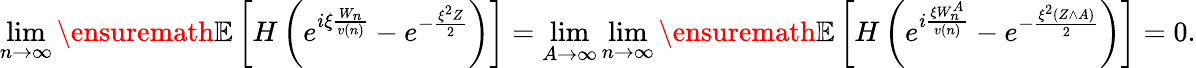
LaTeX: \operatorname*{lim}_{n\to\infty}{\ensuremath{\mathbb E}}\left[H\left(e^{i\xi\frac{W_{n}}{v(n)}}-e^{-\frac{\xi^{2}Z}{2}}\right)\right]=\operatorname*{lim}_{A\to\infty}\operatorname*{lim}_{n\to\infty}{\ensuremath{\mathbb E}}\left[H\left(e^{i\frac{\xi W_{n}^{A}}{v(n)}}-e^{-\frac{\xi^{2}(Z\wedge A)}{2}}\right)\right]=0.